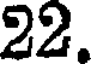
22.